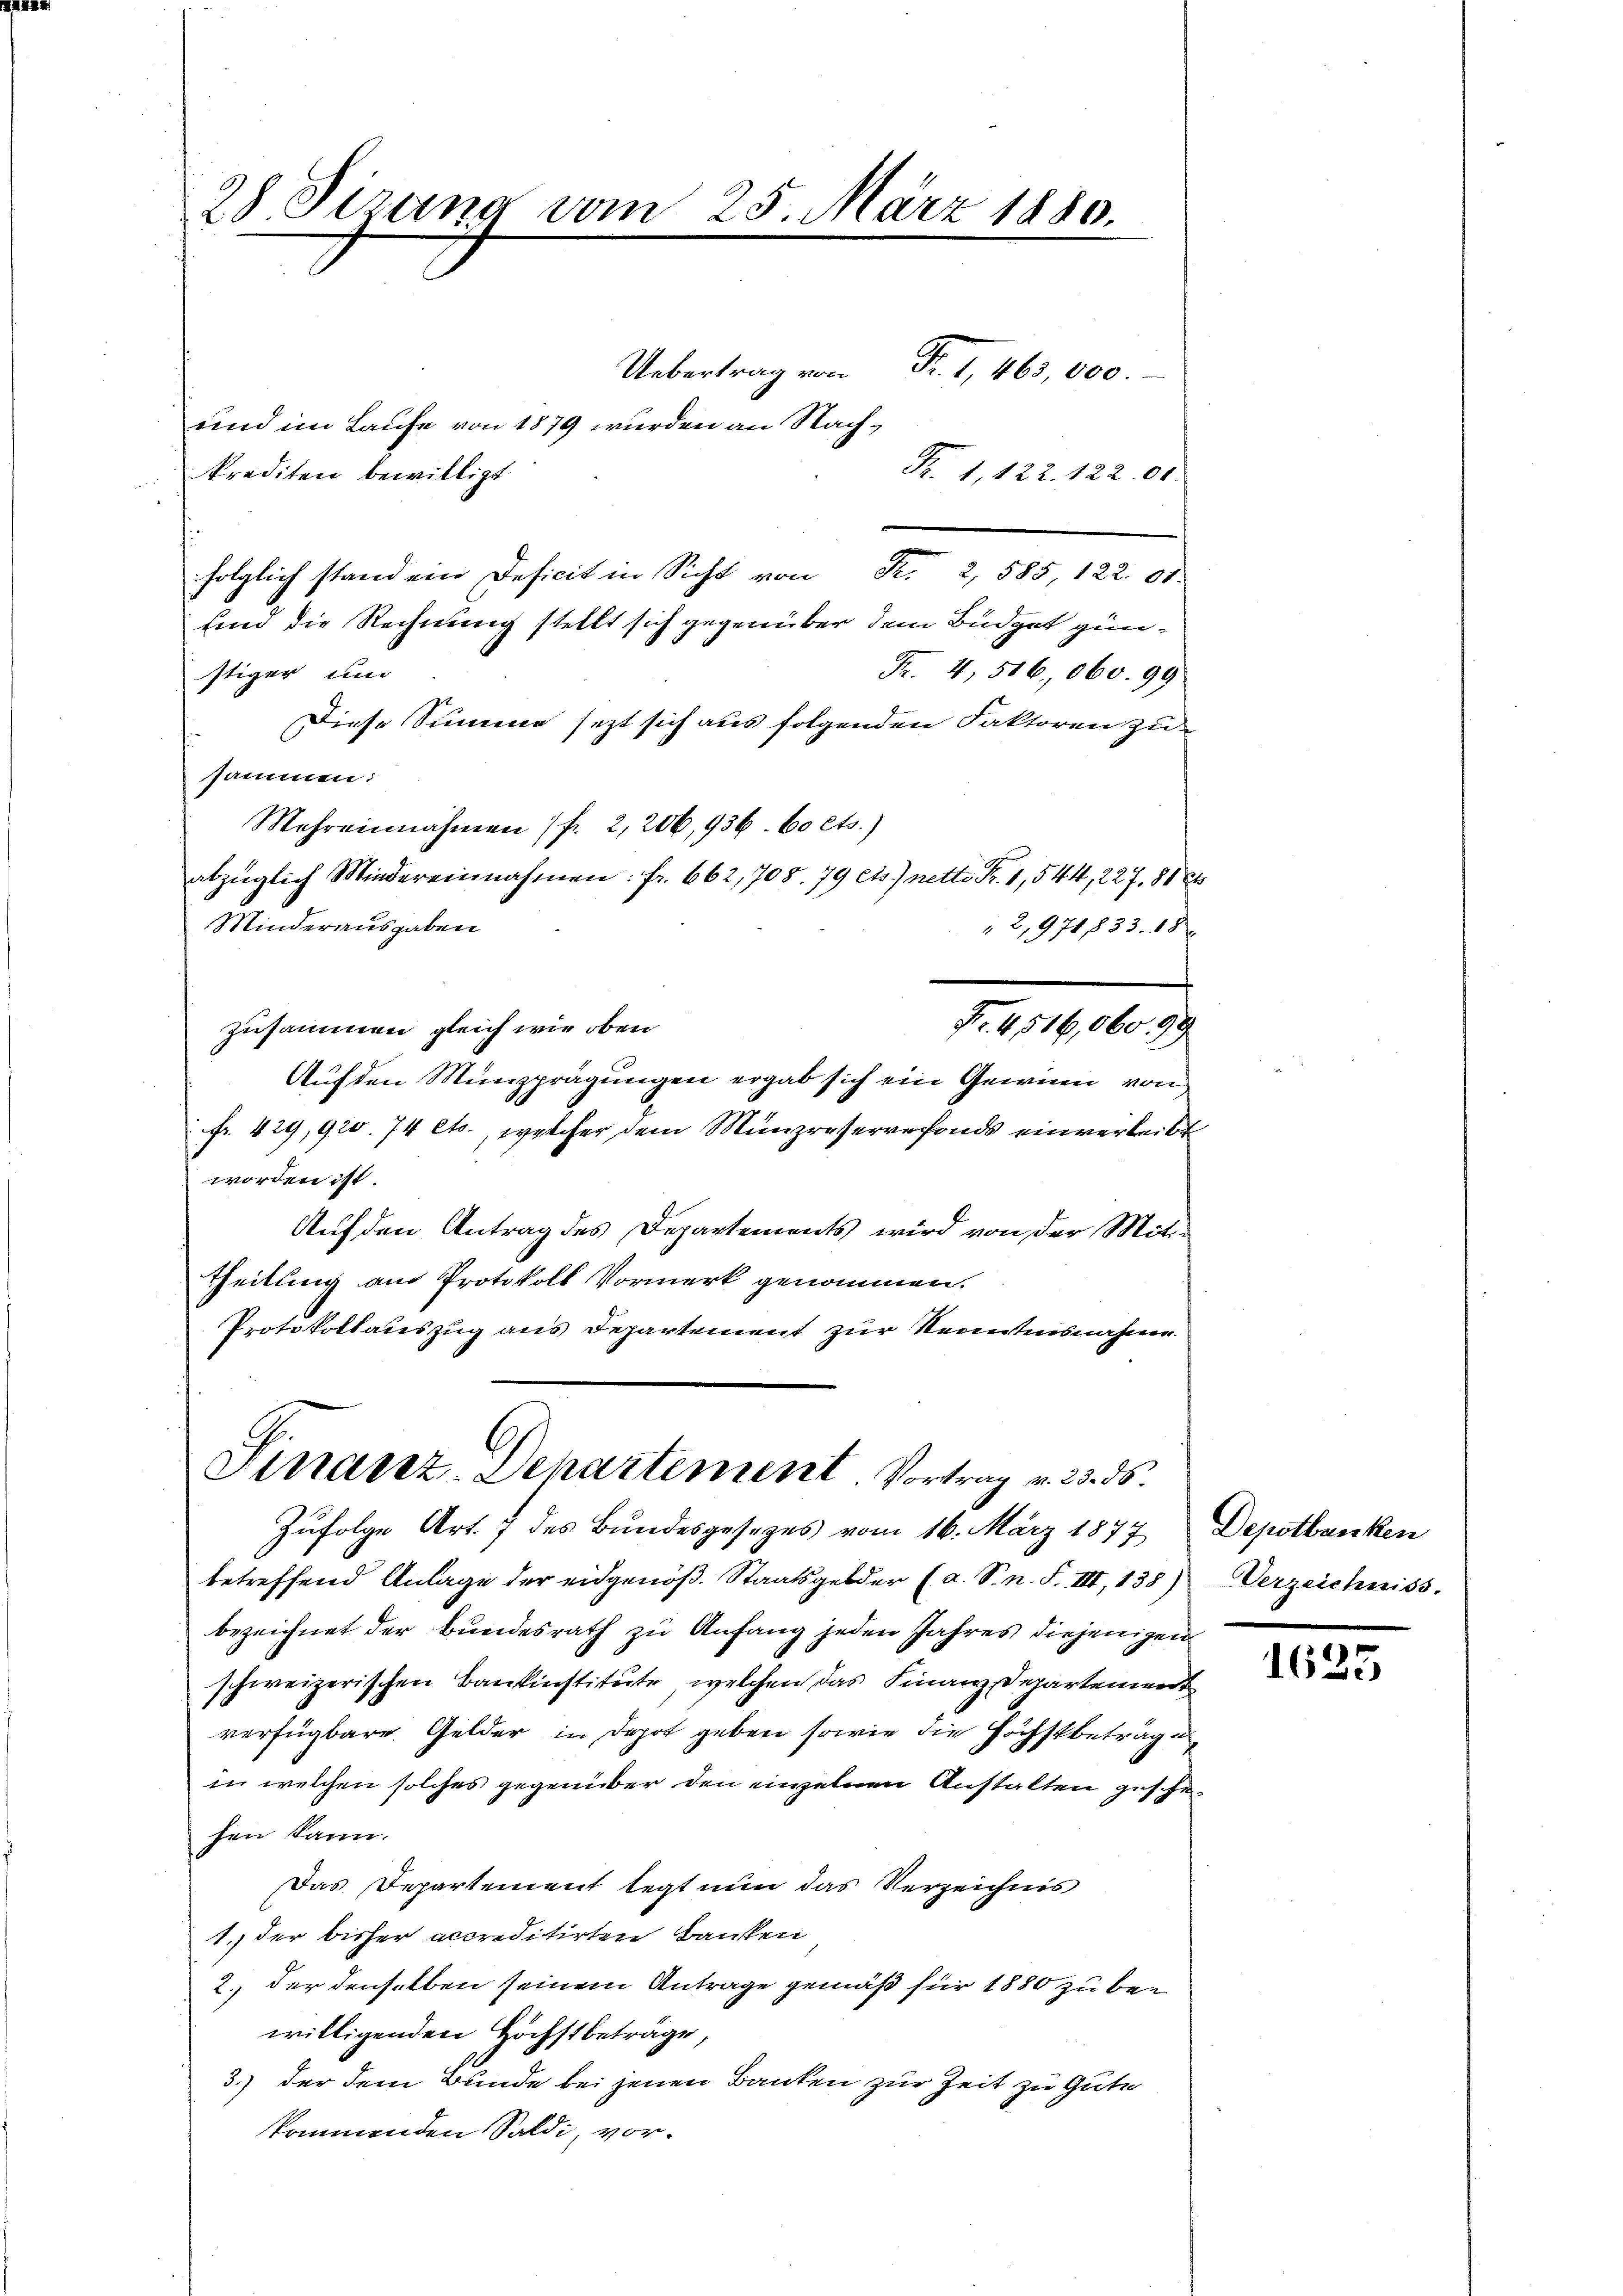
28 Sirung vom 25. März 1880.
Uebertrag von
Fr. 1, 463,000.
und im Laufe von 1879 wurden an Nach¬

Fr. 1, 122. 122. 00.
krediten bewilligt
folglich stand ein Deficit in Sicht von Fr. 2, 585, 122. 01.
sind die Rechnung stellt sich gegenüber dem Büdget günstiger und
Fr. 4, 516,060. 99
Diese Summe jezt sich aus folgenden Faktoren zu
sammen:
Mehreinnahmen 7 f. 2,206, 936. 60 cts.)
abzüglich Mindereinnahmen: fr. 662,708. 79 ets) nette Fr. 1, 544, 227. 81 Ct
Minderausgaben
2,971833. 18
No. 4516,060. 99.
zusammen gleich wie oben
Auf den Münzprägungen ergab sich ein Gewinn von
fr. 429, 920. 74 ets., welcher dem Münzreservefonds einverleibt
worden ist.
Auf den Antrag des Departements wird von der Mit¬
Theilung am Protokoll Vormerk genommen.
Protokollauszug aus Departement zur Kenntnisnahme

b
Finanz-Dehartement. Vortrag v. 23. ds.
Zufolge Art. 7 des Bundesgesezes vom 16. März 1877 Depotbanken

betreffend Anlage der eidgenöβ. Staatsgelder (a. S. n. F. III, 135) Verzeichniss.
bezeichnet der Bundesrath zu Anfang jeden Jahres diejenigen
schweizerischen Bankinstitute, welchen das Finanz-Departement
verfügbare Gelder in Depot geben sowie die Höchstbetrage
in welchen solches gegenüber den einzelnen Anstalten geschehen kann.
Das Departement legt nun das Verzeichnis
1. der bisher accreditirten Banken
2., der denselben seinem Antrage gemäß für 1880 zu bewilligenden Höchstbeträge
3.) der dem Bunde bei jenen Banken zur Zeit zu Gute
kommenden Saldi, vor¬

1635